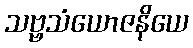
သဗ္ဗသံယောဇနိယေ